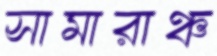
সামারাঞ্চ